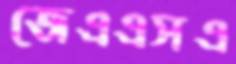
জেএএসএ